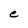
Character: C